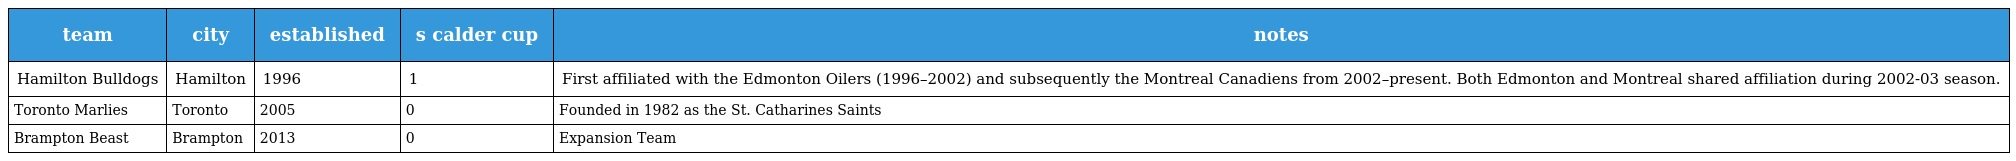
| team | city | established | s calder cup | notes |
 | --- | --- | --- | --- | --- |
 | Hamilton Bulldogs | Hamilton | 1996 | 1 | First affiliated with the Edmonton Oilers (1996–2002) and subsequently the Montreal Canadiens from 2002–present. Both Edmonton and Montreal shared affiliation during 2002-03 season. |
 | Toronto Marlies | Toronto | 2005 | 0 | Founded in 1982 as the St. Catharines Saints |
 | Brampton Beast | Brampton | 2013 | 0 | Expansion Team |